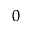
_ 0